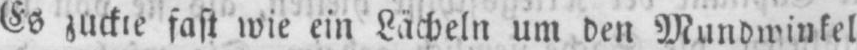
Es zuckte fast wie ein Lächeln um den Mundwinkel